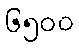
၆၅၀၀